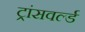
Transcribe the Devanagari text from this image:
ट्रांसवर्ल्ड